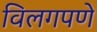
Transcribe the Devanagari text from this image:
विलगपणे